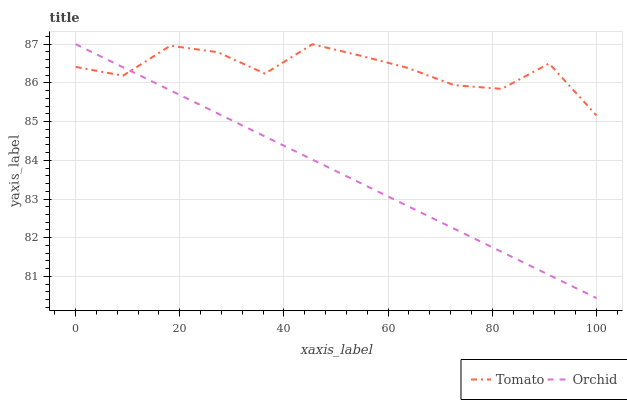
| xaxis_label | Tomato | Orchid |
 | --- | --- | --- |
 | 0 | 86.4 | 87 |
 | 9.09 | 86.2 | 86.4 |
 | 18.2 | 87 | 85.8 |
 | 27.3 | 86.8 | 85.2 |
 | 36.4 | 86.2 | 84.6 |
 | 45.5 | 87 | 84 |
 | 54.5 | 86.7 | 83.4 |
 | 63.6 | 86.4 | 82.8 |
 | 72.7 | 85.9 | 82.2 |
 | 81.8 | 85.8 | 81.6 |
 | 90.9 | 86.5 | 81 |
 | 100 | 85.2 | 80.4 |